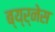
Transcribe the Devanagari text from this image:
ब्य्र्नेस